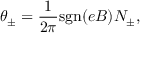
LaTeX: \theta _ { \pm } = \frac { 1 } { 2 \pi } \mathrm { s g n } ( e B ) N _ { \pm } ,